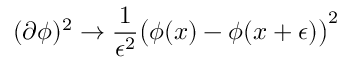
( \partial \phi ) ^ { 2 } \to { \frac { 1 } { \epsilon ^ { 2 } } } \big ( \phi ( x ) - \phi ( x + \epsilon ) \big ) ^ { 2 }